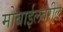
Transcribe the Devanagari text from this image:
मोबाईलवरील